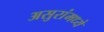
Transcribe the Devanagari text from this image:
असुरांमध्ये